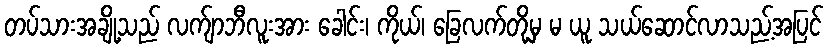
တပ်သားအချို့သည် လက်ျာဘီလူးအား ခေါင်း၊ ကိုယ်၊ ခြေလက်တို့မှ မ ယူ သယ်ဆောင်လာသည့်အပြင်